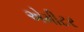
એમીટર